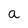
Character: a